Vabadussoja_Ajaloo_Komitee, lk 16
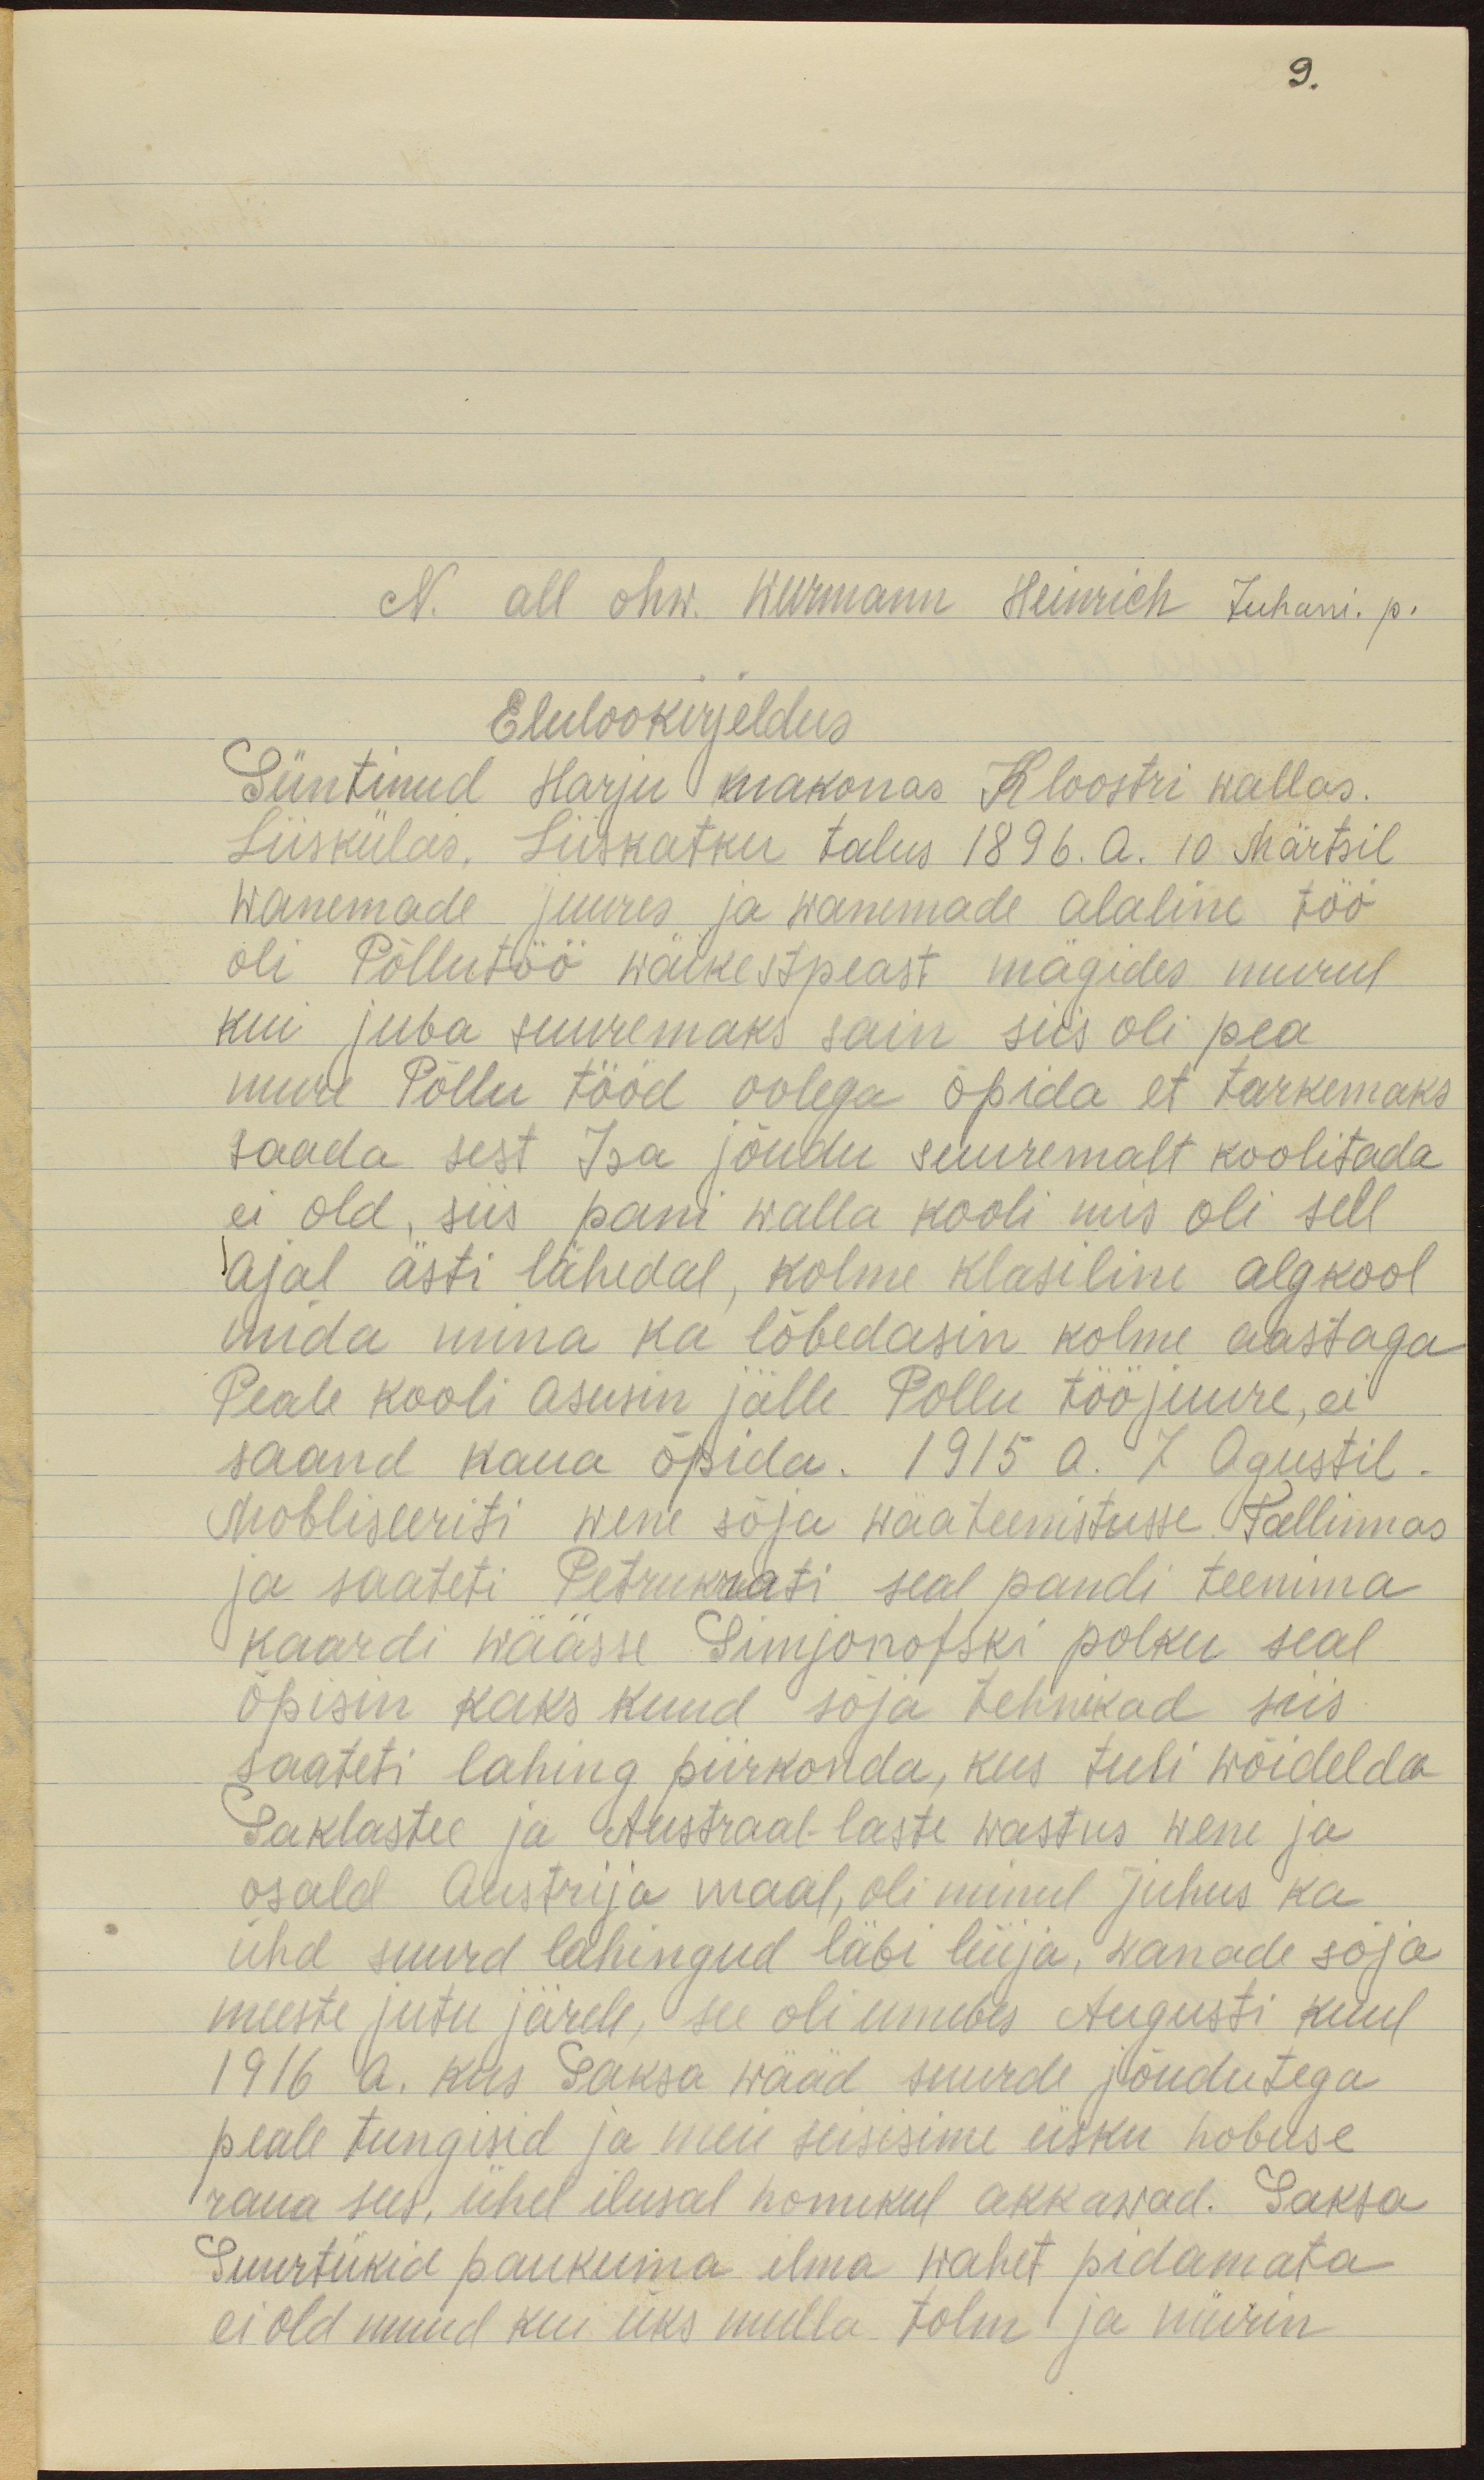
N. all ohw. Weermann Heinrich Juhani. p.
Elulookirjeldus
Süntinud Harju makonas Kloostri wallas.
Liiskülas, Liiskatku talus 1896. a. 10 Märtsil
wanemade juures ja wanemade alaline töö
oli Põllutöö wäikestpeast mägides murul
kui juba suuremaks sain siis oli pea
mure Põllu tööd oolega õpida et tarkemaks
saada sest Isa jõudu suuremalt koolitada
ei old, siis pani walla kooli mis oli sell
ajal ästi lähedal, kolme klasiline algkool
mida mina ka lõbedasin kolme aastaga
Peale kooli asusin jälle Pollu töö juure, ei
saand kaua õpida. 1915 a. 7 Agustil.
mobliseeriti wene sõja wäateenistusse Tallinnas
ja saateti Petrukrati seal pandi teenima
kaardi wäässe Simjonofski polku seal
õpisin kaks kuud sõja tehnikad siis
saateti lahing piirkonda, kus tuli wõidelda
saklastel ja Austraal-laste wastus wene ja
osald Austrija maal, oli minul juhus ka
ühd suurd lahingud läbi lüija, wanade sõja
meeste jutu järele, see oli umbes Augusti kuul
1916 a. kus saksa wääd suurde jõudutega
peale tungisid ja meie seisime üsku hobuse
raua sees, ühel ilusal homikul akkawad. Saksa
Suurtükid paukuma ilma wahet pidamata
ei old muud kui üks mulla tolm ja mürin